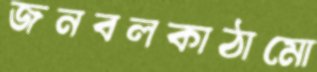
জনবলকাঠামো